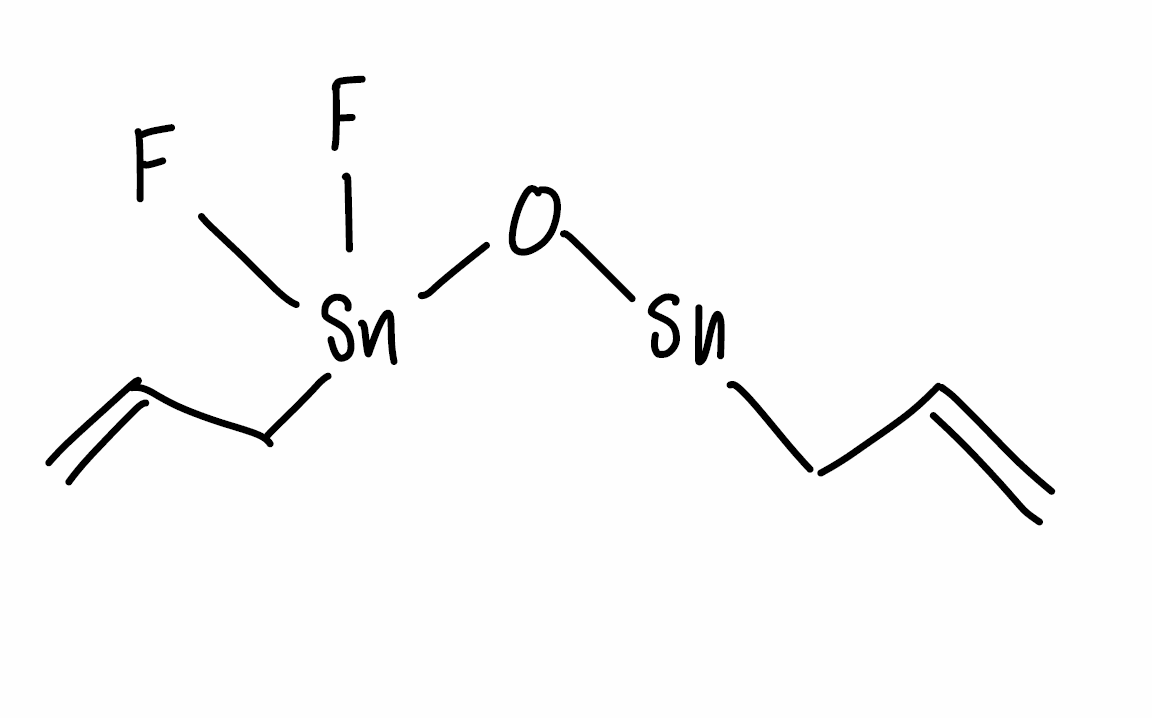
Simplified molecular-input line-entry system (SMILES) notation of the given molecule:
C=CC[Sn]O[Sn](CC=C)(F)F